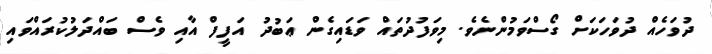
ދުވަހެއް ދުވަހަކަށް ގޯސްވަމުންނެވެ. މިވަފުދުތައް ވަޑައިގެން ޢަބުދު އަފީފް އާއި ވެސް ބައްދަލުކުރައްވައި